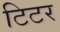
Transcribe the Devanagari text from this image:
टिटर